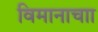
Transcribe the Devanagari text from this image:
विमानाचाा